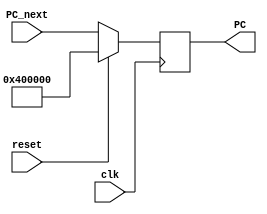
`timescale 1ns/1ps
module ProgramCounter (
    input clk,
    input reset,
    input [31:0] PC_next,
    output [31:0] PC
);
reg [31:0] pc;
assign PC = pc;
always @(posedge clk) begin
    if (reset) pc <= 32'h0040_0000;
    else begin
        pc <= PC_next;
    end
end

endmodule //ProgramCounter